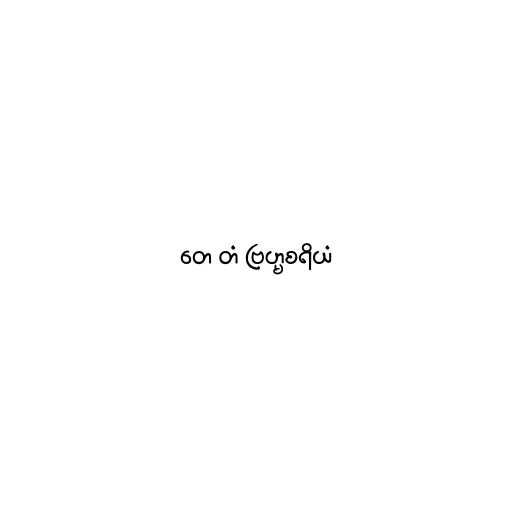
တေ တံ ဗြဟ္မစရိယံ